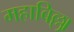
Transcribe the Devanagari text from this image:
महाबिल्ला